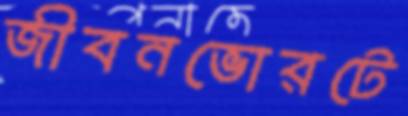
জীবনভোরটে